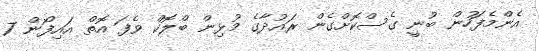
އެންމެފަހުން ބުނީ ގެސްކޮށްގެން ރައުދާގެ މުޅިން ބްލޮކް ވެފަ އޮތް އައިފޯން 7